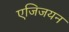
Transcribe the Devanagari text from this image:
एजिजयन